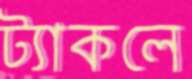
ট্যাকলে